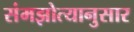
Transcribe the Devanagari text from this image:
संमझोत्यानुसार